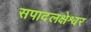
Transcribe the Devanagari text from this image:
सपादलक्षेश्वर